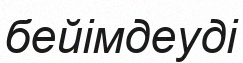
бейімдеуді